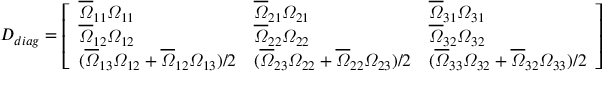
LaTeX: D _ { d i a g } = \left[ \begin{array} { l l l } { { \overline { { { \varOmega } } } _ { 1 1 } \varOmega _ { 1 1 } } } & { { \overline { { { \varOmega } } } _ { 2 1 } \varOmega _ { 2 1 } } } & { { \overline { { { \varOmega } } } _ { 3 1 } \varOmega _ { 3 1 } } } \\ { { \overline { { { \varOmega } } } _ { 1 2 } \varOmega _ { 1 2 } } } & { { \overline { { { \varOmega } } } _ { 2 2 } \varOmega _ { 2 2 } } } & { { \overline { { { \varOmega } } } _ { 3 2 } \varOmega _ { 3 2 } } } \\ { { ( \overline { { { \varOmega } } } _ { 1 3 } \varOmega _ { 1 2 } + \overline { { { \varOmega } } } _ { 1 2 } \varOmega _ { 1 3 } ) / 2 } } & { { ( \overline { { { \varOmega } } } _ { 2 3 } \varOmega _ { 2 2 } + \overline { { { \varOmega } } } _ { 2 2 } \varOmega _ { 2 3 } ) / 2 } } & { { ( \overline { { { \varOmega } } } _ { 3 3 } \varOmega _ { 3 2 } + \overline { { { \varOmega } } } _ { 3 2 } \varOmega _ { 3 3 } ) / 2 } } \end{array} \right] .